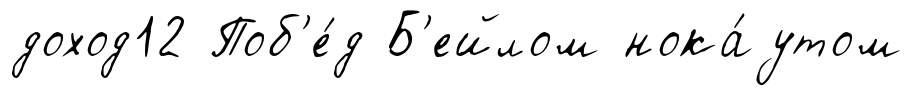
доход12 Поб'е́д Б'ейлом нока́утом